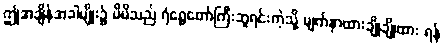
ဤအချိန်အခါမျိုး၌ မိမိသည် ရံရွေတော်ကြီးဘူရင်းကဲ့သို့ မျက်နှာထားချိုချိုထား ရန်